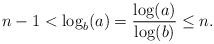
\begin{align*}n-1<\log_b(a)=\frac{\log (a)}{\log(b)} \le n.\end{align*}